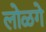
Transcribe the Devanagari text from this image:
लोळगे